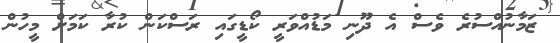
ޒަމާނުއްސުރެ ވެސް އެ ދޫނި މަޑުއްވަރީ ކޯޑީގައި ރަސްކަން ކުރާ ކަމަށް މީހުން